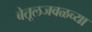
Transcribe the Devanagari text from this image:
बेतूलजवळच्या